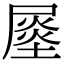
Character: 𡳈